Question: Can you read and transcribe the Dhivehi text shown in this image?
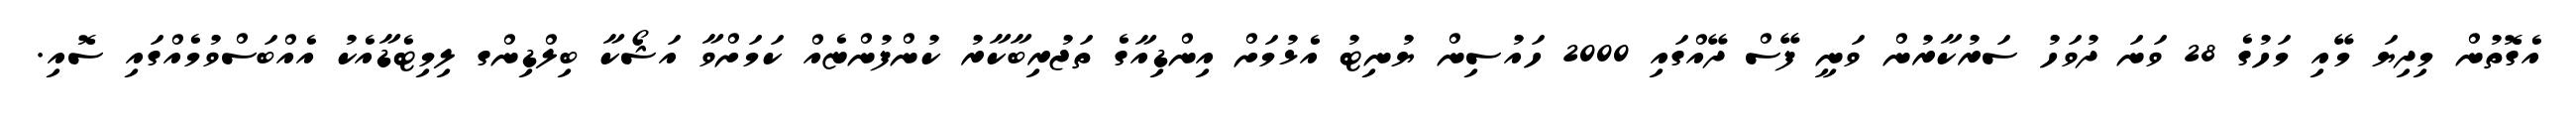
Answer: އެގޮތުން މިދިޔަ މޭއި މަހުގެ 28 ވަނަ ދުވަހު ސަރުކާރުން ވަނީ ފޭސް ދޭއްގައި 2000 ހައުސިން ޔުނިޓު އެޅުމަށް އިންޑިއާގެ ތަޖުރިބާކާރު ކުންފުންޏެއް ކަމަށްވާ އަޝޯކާ ބިލްޑިންގ ލިމިޓެޑާއެކު އެއްބަސްވުމެއްގައި ސޮއި.